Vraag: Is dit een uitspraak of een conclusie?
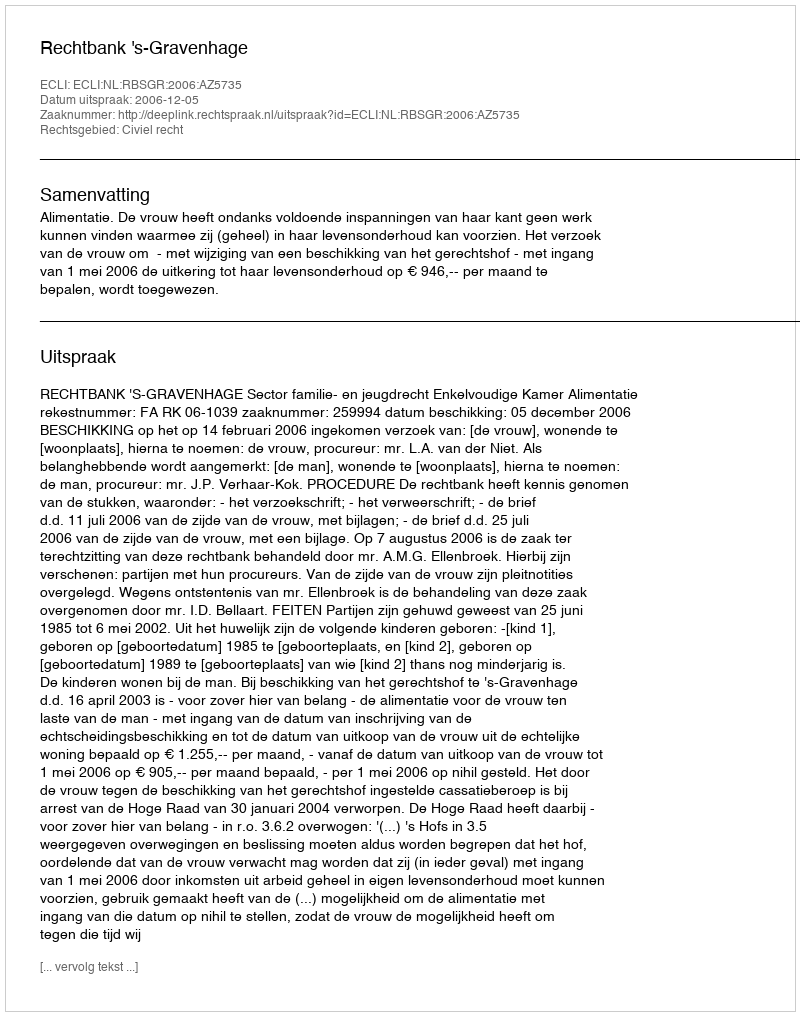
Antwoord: Uitspraak